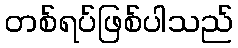
တစ်ရပ်ဖြစ်ပါသည်